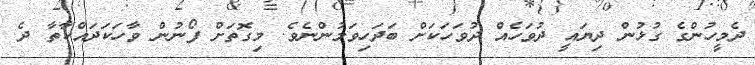
ދެމީހުންގެ ގުޅުން ދިޔައީ ދުވަހެއް ދުވަހަކަށް ބަދަހިވަމުންނެވެ. މިގޮތަށް ފޯނުން ވާހަކަދައްކާތާ ދެ